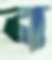
ব